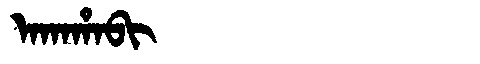
Manchu: ᠠᡴᠠᡥᠠᠪᡳ
Romanization: AKAHABI